system: You are a helpful assistant.
user:
Analyze the provided spectrum to determine if it is a **M-type Giant (gM)**.

A M-type Giant spectrum is defined by its **strong molecular absorption** features, particularly from **Titanium Oxide (TiO)**. You must check for one of the following mutually exclusive signatures:

- **Key Visual Indicators (Absorption-Dominated Spectrum):**

    - **(Primary):** The spectrum is dominated by strong molecular absorption from **Titanium Oxide (TiO)**. This is the **defining feature** of its M-type temperature class.
        - **(Key Bandheads):** Look for sharp, "saw-tooth" absorption valleys. The strongest are located near **~7050 Å**, **~6160 Å**, and **~5170 Å**.
        - **(Line Profile):** The "saw-tooth" morphology is critical: a **sharp, steep drop on the BLUE (short-wavelength) side** of the bandhead, followed by a gradual recovery (rising flux) towards the RED (long-wavelength) side.

    - **(Key Confirmation - Giant vs. Dwarf):** **ABSENCE** of strong **Calcium Hydride (CaH)** molecular bands. This is the primary diagnostic for *excluding* M-dwarfs.
        - **(Key Region):** The spectrum should lack the strong, broad absorption band seen in dwarfs between **~6800 Å and ~7000 Å**.

    - **(Secondary Confirmation - Giant):** A very strong and broad **Neutral Calcium (Ca I)** atomic absorption line.
        - **(Key Line):** Located at **~4226 Å**. In a giant (gM), this line is significantly deeper and broader than the same line in an M-dwarf (dM) due to low surface gravity.

    - **(Overall Spectrum):**
        - The continuum is **extremely red-sloping** (i.e., flux is very low in the blue and rises dramatically towards the red).
        - The entire spectrum appears "chopped up" by the deep TiO bands.

Think first, call **spectral_visualization_tool** if needed to examine features in detail, then provide your final answer. Your response must adhere to the following strict rules:
1.  **Overall Structure:** Your response must follow the format `<think>...</think> <tool_call>...</tool_call> (if a tool is used) <answer>...</answer>`.
2.  **Tool Usage Constraint:** You may only make **one** tool call per turn.
3.  **Final Answer Format:** In the `<answer>` tag, your conclusion must be inside a `\boxed{}` command (e.g., `\boxed{YES}` or `\boxed{NO}`), followed by your justification.

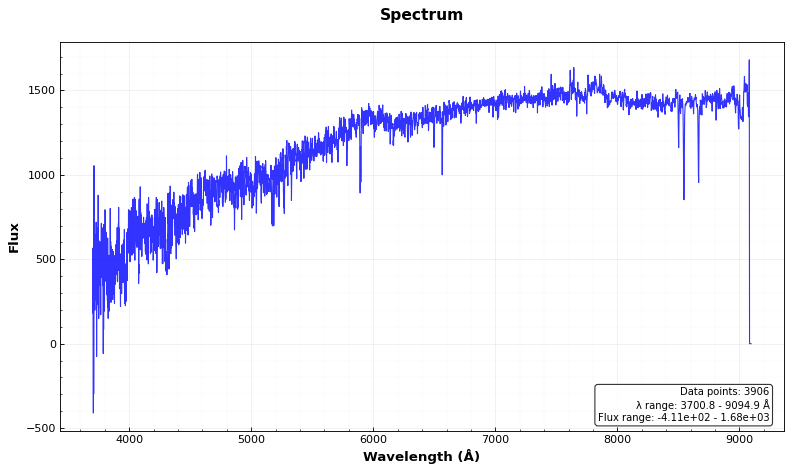
Answer: NO